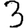
Digit: 3